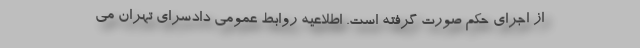
از اجرای حکم صورت گرفته است. اطلاعیه روابط عمومی دادسرای تهران می